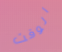
الوقت